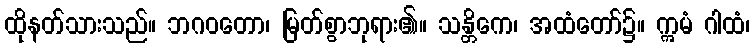
ထိုနတ်သားသည်။ ဘဂဝတော၊ မြတ်စွာဘုရား၏။ သန္တိကေ၊ အထံတော်၌။ ဣမံ ဂါထံ၊